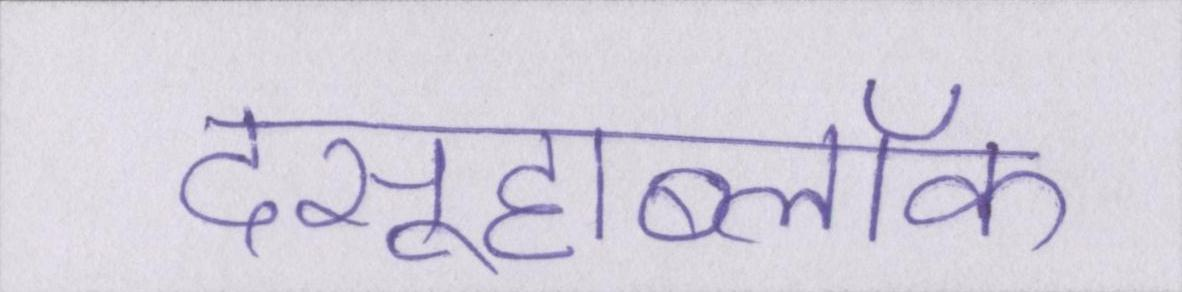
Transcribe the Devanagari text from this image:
दसूहाब्लॉक